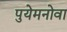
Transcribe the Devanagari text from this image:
पुयेमनोवा